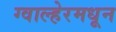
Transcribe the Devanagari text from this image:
ग्वाल्हेरमधून